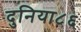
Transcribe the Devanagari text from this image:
दुनिया८६